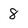
Character: 8